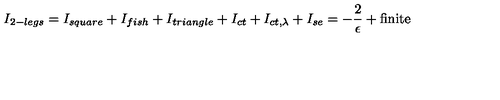
I _ { 2 - l e g s } = I _ { s q u a r e } + I _ { f i s h } + I _ { t r i a n g l e } + I _ { c t } + I _ { c t , \lambda } + I _ { s e } = - { \frac { 2 } { \epsilon } } + \mathrm { f i n i t e }